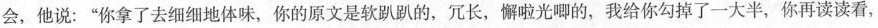
会，他说：”你拿了去细细地体味，你的原文是软趴趴的，冗长，懈啦光唧的，我给你勾掉了一大半，你再读读看，